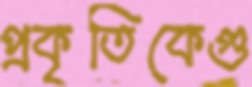
প্রকৃতিকেগু